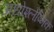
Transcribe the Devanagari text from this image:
अधोश्लेष्मिक